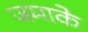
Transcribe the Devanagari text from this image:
जमाके